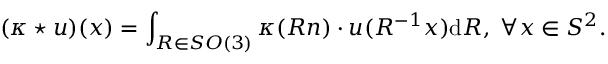
( \kappa \star u ) ( x ) = \int _ { R \in S O ( 3 ) } \kappa ( R n ) \cdot u ( R ^ { - 1 } x ) \mathrm { d } R , \; \forall x \in S ^ { 2 } .